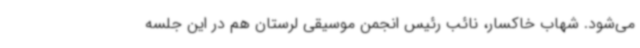
می‌شود. شهاب خاکسار، نائب رئیس انجمن موسیقی لرستان هم در این جلسه